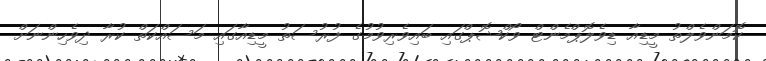
ކޮމަންވެލްތު މީޑިއާ ޑިވެލޮޕްމެންޓް ވޯކްޝޮޕްގައި ބައިވެރިވުމުގެ ފުރުސަތު މީޑިއާގައި މަސައްކަތް ކުރާ ދިވެހިންނަށް